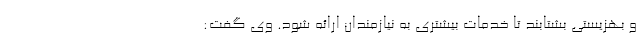
و بهزیستی بشتابند تا خدمات بیشتری به نیازمندان ارائه شود. وی گفت: